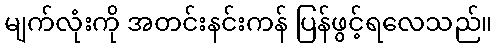
မျက်လုံးကို အတင်းနင်းကန် ပြန်ဖွင့်ရလေသည်။